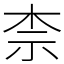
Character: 柰